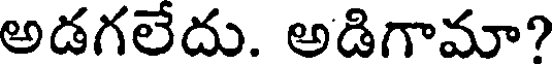
అడగలేదు. అడిగామా?